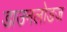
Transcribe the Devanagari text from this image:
डाउनलोडज